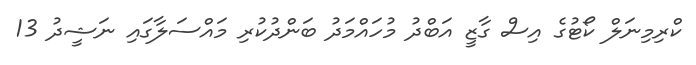
ކްރިމިނަލް ކޯޓުގެ އިސް ގާޒީ އަބްދު މުހައްމަދު ބަންދުކުރި މައްސަލާގައި ނަޝީދު 13